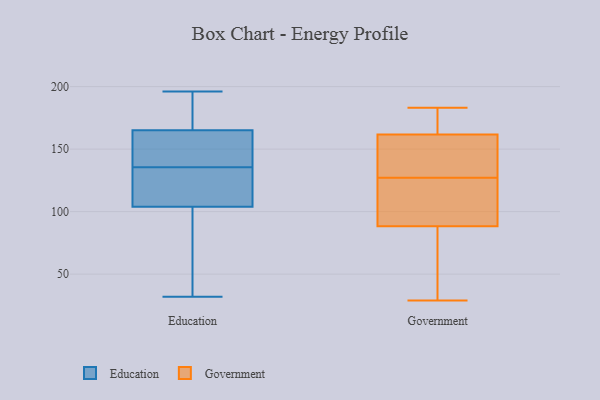
{"axis": {"x": "Backlog", "y": "Value"}, "legend": ["Education", "Government"], "data": [{"x": "", "y": 74, "type": "Education"}, {"x": "", "y": 129, "type": "Education"}, {"x": "", "y": 130, "type": "Education"}, {"x": "", "y": 165, "type": "Education"}, {"x": "", "y": 147, "type": "Education"}, {"x": "", "y": 104, "type": "Education"}, {"x": "", "y": 83, "type": "Education"}, {"x": "", "y": 192, "type": "Education"}, {"x": "", "y": 186, "type": "Education"}, {"x": "", "y": 32, "type": "Education"}, {"x": "", "y": 141, "type": "Education"}, {"x": "", "y": 158, "type": "Education"}, {"x": "", "y": 196, "type": "Education"}, {"x": "", "y": 119, "type": "Education"}, {"x": "", "y": 128, "type": "Government"}, {"x": "", "y": 155, "type": "Government"}, {"x": "", "y": 44, "type": "Government"}, {"x": "", "y": 164, "type": "Government"}, {"x": "", "y": 183, "type": "Government"}, {"x": "", "y": 111, "type": "Government"}, {"x": "", "y": 167, "type": "Government"}, {"x": "", "y": 89, "type": "Government"}, {"x": "", "y": 172, "type": "Government"}, {"x": "", "y": 34, "type": "Government"}, {"x": "", "y": 143, "type": "Government"}, {"x": "", "y": 127, "type": "Government"}, {"x": "", "y": 124, "type": "Government"}, {"x": "", "y": 29, "type": "Government"}, {"x": "", "y": 88, "type": "Government"}]}